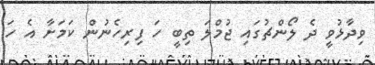
ވިދާޅުވީ ދެ ލޯންޗުގައި ޖުމްލަ ތިބީ ހަ ފިރިހެނުން ކަމަށާ އެ ހަ